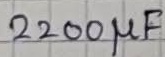
Text: 2200µF